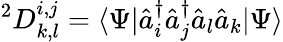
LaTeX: ^{2}D_{k,l}^{i,j}=\langle\Psi|{\hat{a}}_{i}^{\dagger}{\hat{a}}_{j}^{\dagger}{\hat{a}}_{l}{\hat{a}}_{k}|\Psi\rangle